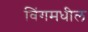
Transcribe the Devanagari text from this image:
विंगमधील